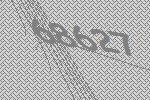
68627